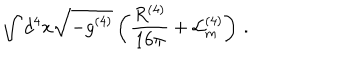
\int d ^ { 4 } x \sqrt { - g ^ { ( 4 ) } } \left( \frac { R ^ { ( 4 ) } } { 1 6 \pi } + \mathcal { L } _ { m } ^ { ( 4 ) } \right) \, .